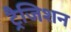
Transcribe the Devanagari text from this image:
ट्रैजिशन